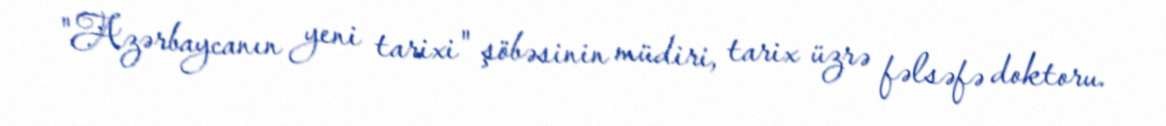
"Azərbaycanın yeni tarixi" şöbəsinin müdiri, tarix üzrə fəlsəfə doktoru.